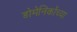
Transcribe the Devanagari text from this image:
डोमेनिकोंच्या